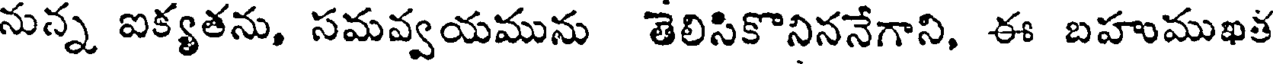
నున్న ఐక్యతను, సమవ్వయమును తెలిసికొనిననేగాని, ఈ బహుముఖత